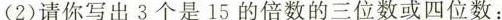
(2)请你写出3个是15的倍数的三位数或四位数：